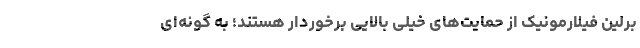
برلین فیلارمونیک از حمایت‌های خیلی بالایی برخوردار هستند؛ به گونه‌ای